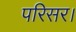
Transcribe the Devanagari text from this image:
परिसर।